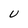
Character: U